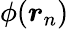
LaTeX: \phi(\boldsymbol{r}_{n})